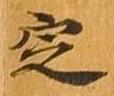
定